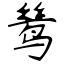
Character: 鸶